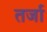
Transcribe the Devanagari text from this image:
तर्जा